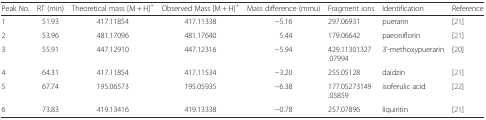
<table><thead><tr><td><b>Peak No.</b></td><td><b>RT (min)</b></td><td><b>Theoretical mass [M + H]<sup>+</sup></b></td><td><b>Observed Mass [M + H]<sup>+</sup></b></td><td><b>Mass difference (mmu)</b></td><td><b>Fragment ions</b></td><td><b>Identification</b></td><td><b>Reference</b></td></tr></thead><tbody><tr><td>1</td><td>51.93</td><td>417.11854</td><td>417.11338</td><td>−5.16</td><td>297.06931</td><td>puerarin</td><td>[21]</td></tr><tr><td>2</td><td>53.96</td><td>481.17096</td><td>481.17640</td><td>5.44</td><td>179.06642</td><td>paeoniflorin</td><td>[21]</td></tr><tr><td>3</td><td>55.91</td><td>447.12910</td><td>447.12316</td><td>−5.94</td><td>429.11301327.07994</td><td>3&#x27;-methoxypuerarin</td><td>[20]</td></tr><tr><td>4</td><td>64.31</td><td>417.11854</td><td>417.11534</td><td>−3.20</td><td>255.05128</td><td>daidzin</td><td>[21]</td></tr><tr><td>5</td><td>67.74</td><td>195.06573</td><td>195.05935</td><td>−6.38</td><td>177.05273149.05859</td><td>isoferulic acid</td><td>[22]</td></tr><tr><td>6</td><td>73.83</td><td>419.13416</td><td>419.13338</td><td>−0.78</td><td>257.07896</td><td>liquiritin</td><td>[21]</td></tr></tbody></table>